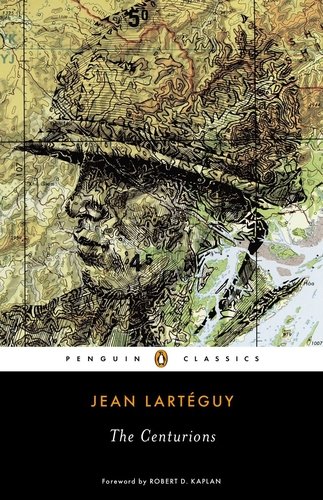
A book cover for The Centurions; Jean Larteguy; Literature & Fiction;